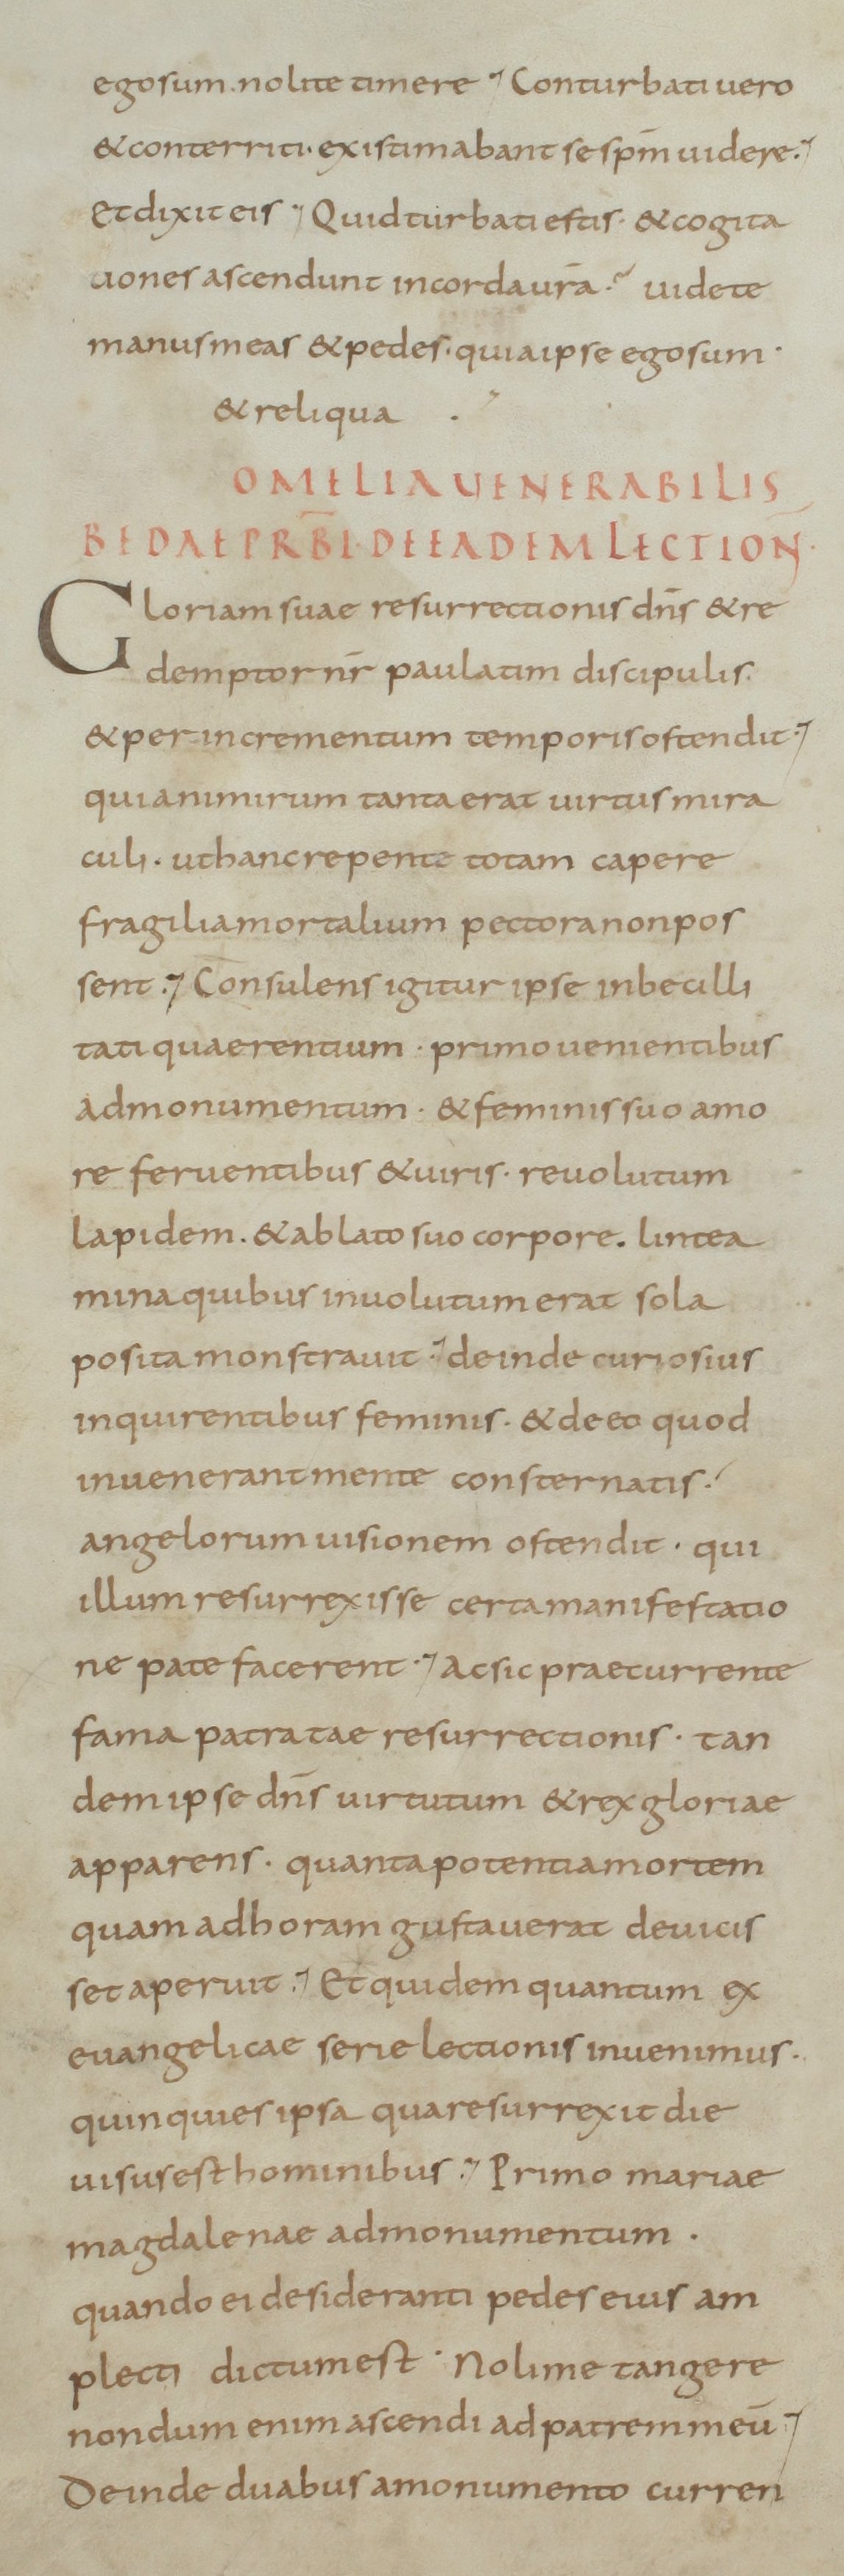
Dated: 800–899